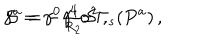
LaTeX: \gamma ^ { a } = - { \textstyle \frac { 4 } { R _ { 2 } } } \mathcal { S } \Gamma _ { s } ( P ^ { a } ) \, , \hspace { 1 c m } \mathcal { S } = \gamma ^ { 0 } \gamma ^ { 1 } \sigma ^ { 2 } \, ,